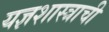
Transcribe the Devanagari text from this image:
यज्ञशास्त्राची